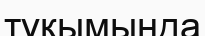
тұқымында